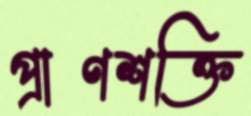
প্রাণশক্তি